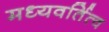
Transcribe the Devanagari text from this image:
मध्यवर्तित्व